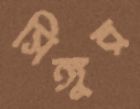
সিঙ্গুর